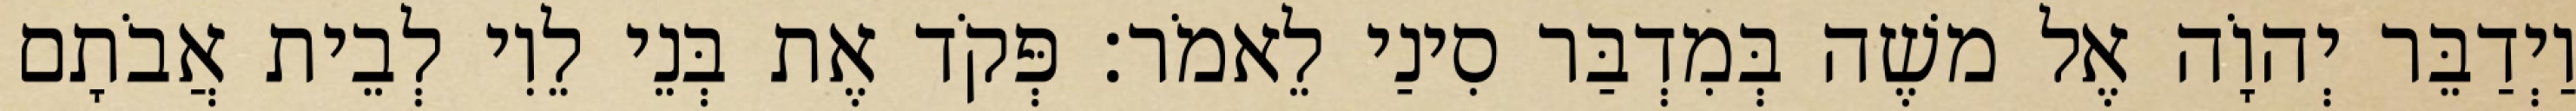
וַיְדַבֵּר יְהוָֹה אֶל משֶׁה בְּמִדְבַּר סִינַי לֵאמֹר׃ פְּקֹד אֶת בְּנֵי לֵוִי לְבֵית אֲבֹתָם